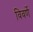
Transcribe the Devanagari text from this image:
विवर्णे